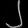
Digit: ၂